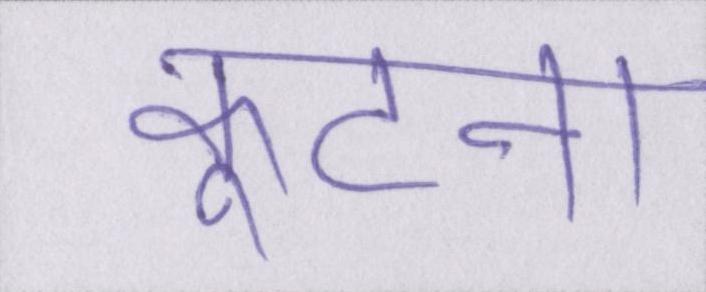
कूटना